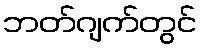
ဘတ်ဂျက်တွင်